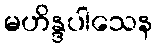
မဟိန္ဒပါသေန